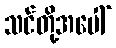
သင်တို့အပေါ်